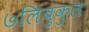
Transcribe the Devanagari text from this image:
७लिंबुकुल